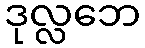
ဒုလ္လဘေ